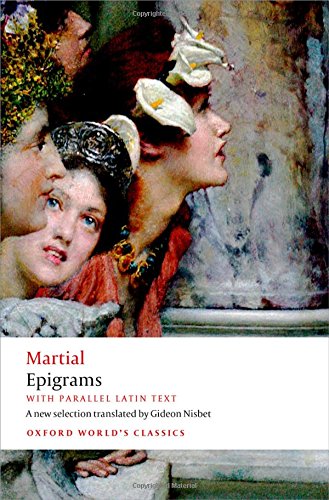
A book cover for Epigrams: With parallel Latin text (Oxford World's Classics); Martial; Literature & Fiction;